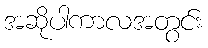
အဆိုပါကာလအတွင်း